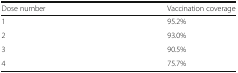
| Dose number | Vaccination coverage |
 | --- | --- |
 | 1 | 95.2% |
 | 2 | 93.0% |
 | 3 | 90.5% |
 | 4 | 75.7% |